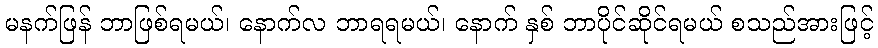
မနက်ဖြန် ဘာဖြစ်ရမယ်၊ နောက်လ ဘာရရမယ်၊ နောက် နှစ် ဘာပိုင်ဆိုင်ရမယ် စသည်အားဖြင့်